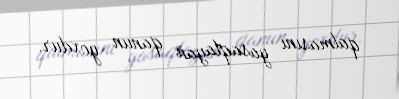
qalmasını yasaqlayan qanun yoxdur.